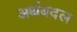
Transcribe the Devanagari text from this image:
अर्थबदल